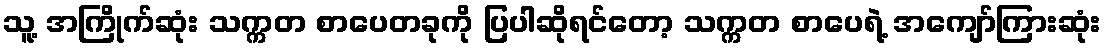
သူ့ အကြိုက်ဆုံး သက္ကတ စာပေတခုကို ပြပါဆိုရင်တော့ သက္ကတ စာပေရဲ့ အကျော်ကြားဆုံး